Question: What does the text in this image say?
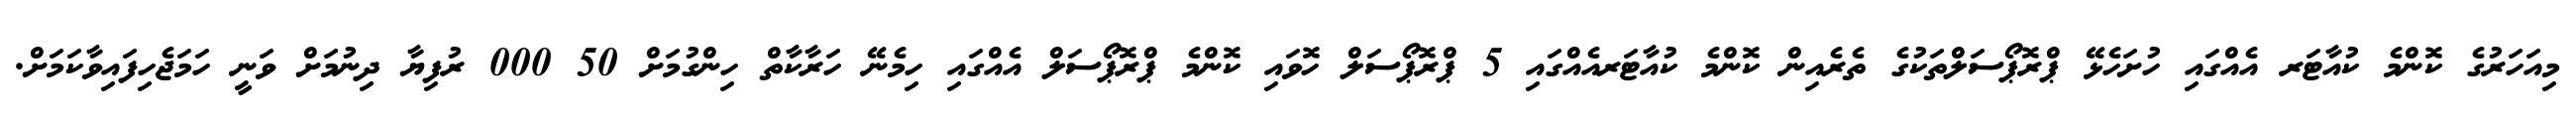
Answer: މިއަހަރުގެ ކޮންމެ ކުއާޓަރ އެއްގައި ހުށަހެޅޭ ޕްރޮޕޯސަލްތަކުގެ ތެރެއިން ކޮންމެ ކުއާޓަރއެއްގައި 5 ޕްރޮޕޯސަލް ހޮވައި ކޮންމެ ޕްރޮޕޯސަލް އެއްގައި ހިމެނޭ ހަރާކާތް ހިންގުމަށް 50 000 ރުފިޔާ ދިނުމަށް ވަނީ ހަމަޖެހިފައިވާކަމަށް.